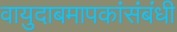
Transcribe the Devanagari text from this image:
वायुदाबमापकांसंबंधी